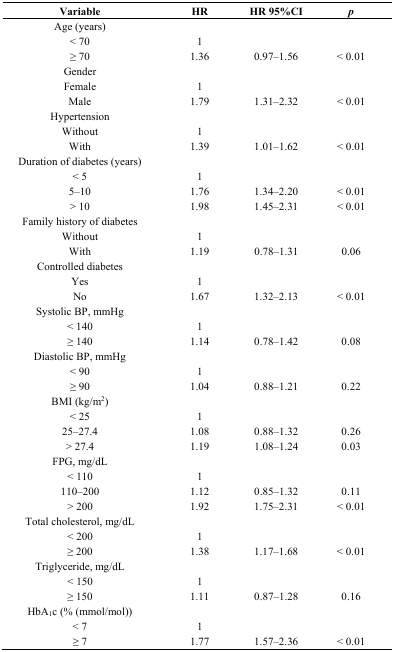
| Variable | HR | HR 95%CI | p |
 | --- | --- | --- | --- |
 | Age (years) |  |  |  |
 | < 70 | 1 |  |  |
 | ≥ 70 | 1.36 | 0.97–1.56 | < 0.01 |
 | Gender |  |  |  |
 | Female | 1 |  |  |
 | Male | 1.79 | 1.31–2.32 | < 0.01 |
 | Hypertension |  |  |  |
 | Without | 1 |  |  |
 | With | 1.39 | 1.01–1.62 | < 0.01 |
 | Duration of diabetes (years) |  |  |  |
 | < 5 | 1 |  |  |
 | 5–10 | 1.76 | 1.34–2.20 | < 0.01 |
 | > 10 | 1.98 | 1.45–2.31 | < 0.01 |
 | Family history of diabetes |  |  |  |
 | Without | 1 |  |  |
 | With | 1.19 | 0.78–1.31 | 0.06 |
 | Controlled diabetes |  |  |  |
 | Yes | 1 |  |  |
 | No | 1.67 | 1.32–2.13 | < 0.01 |
 | Systolic BP, mmHg |  |  |  |
 | < 140 | 1 |  |  |
 | ≥ 140 | 1.14 | 0.78–1.42 | 0.08 |
 | Diastolic BP, mmHg |  |  |  |
 | < 90 | 1 |  |  |
 | ≥ 90 | 1.04 | 0.88–1.21 | 0.22 |
 | BMI (kg/m2) |  |  |  |
 | < 25 | 1 |  |  |
 | 25–27.4 | 1.08 | 0.88–1.32 | 0.26 |
 | > 27.4 | 1.19 | 1.08–1.24 | 0.03 |
 | FPG, mg/dL |  |  |  |
 | < 110 | 1 |  |  |
 | 110–200 | 1.12 | 0.85–1.32 | 0.11 |
 | > 200 | 1.92 | 1.75–2.31 | < 0.01 |
 | Total cholesterol, mg/dL |  |  |  |
 | < 200 | 1 |  |  |
 | ≥ 200 | 1.38 | 1.17–1.68 | < 0.01 |
 | Triglyceride, mg/dL |  |  |  |
 | < 150 | 1 |  |  |
 | ≥ 150 | 1.11 | 0.87–1.28 | 0.16 |
 | HbA1c (% (mmol/mol)) |  |  |  |
 | < 7 | 1 |  |  |
 | ≥ 7 | 1.77 | 1.57–2.36 | < 0.01 |